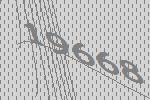
19668